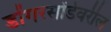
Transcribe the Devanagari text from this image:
डोंगरसोंडेवरील